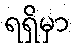
ရရှိမှာ